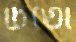
চিতো